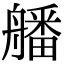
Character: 𦪖